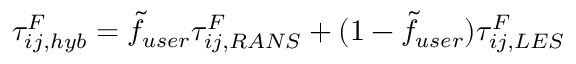
\tau _ { i j , h y b } ^ { F } = \Tilde { f } _ { u s e r } \tau _ { i j , R A N S } ^ { F } + ( 1 - \Tilde { f } _ { u s e r } ) \tau _ { i j , L E S } ^ { F }